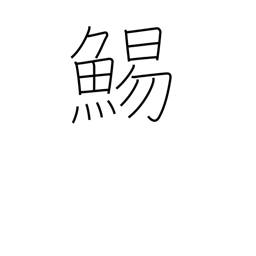
Meaning: cuttlefish